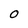
Character: O